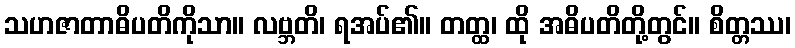
သဟဇာတာဓိပတိကိုသာ။ လဗ္ဘတိ၊ ရအပ်၏။ တတ္ထ၊ ထို အဓိပတိတို့တွင်။ စိတ္တဿ၊